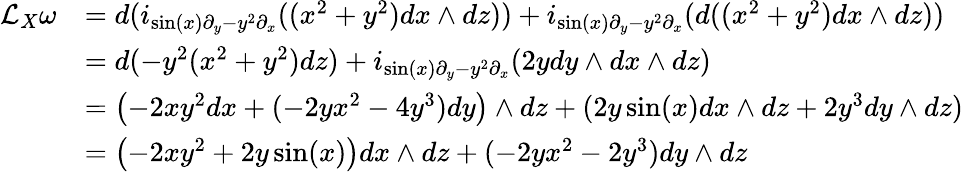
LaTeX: {\begin{array}{rl}{{\mathcal{L}}_{X}\omega}&{=d(i_{\sin(x)\partial_{y}-y^{2}\partial_{x}}((x^{2}+y^{2})dx\wedge dz))+i_{\sin(x)\partial_{y}-y^{2}\partial_{x}}(d((x^{2}+y^{2})dx\wedge dz))}\\ &{=d(-y^{2}(x^{2}+y^{2})dz)+i_{\sin(x)\partial_{y}-y^{2}\partial_{x}}(2ydy\wedge dx\wedge dz)}\\ &{=\left(-2xy^{2}dx+(-2yx^{2}-4y^{3})dy\right)\wedge dz+(2y\sin(x)dx\wedge dz+2y^{3}dy\wedge dz)}\\ &{=\left(-2xy^{2}+2y\sin(x)\right)dx\wedge dz+(-2yx^{2}-2y^{3})dy\wedge dz}\end{array}}